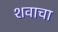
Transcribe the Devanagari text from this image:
शवाचा